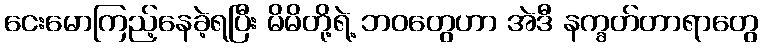
ငေးမောကြည့်နေခဲ့ရပြီး မိမိတို့ရဲ့ ဘဝတွေဟာ အဲဒီ နက္ခတ်တာရာတွေ